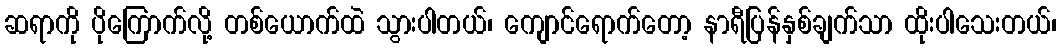
ဆရာကို ပိုကြောက်လို့ တစ်ယောက်ထဲ သွားပါတယ်၊ ကျောင်ရောက်တော့ နာရီပြန်နှစ်ချက်သာ ထိုးပါသေးတယ်၊